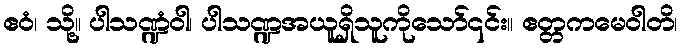
ဧဝံ၊ သို့။ ပါသဏ္ဍံဝါ၊ ပါသဏ္ဍအယူရှိသူကိုသော်၎င်း။ ဧတ္တကမေဝါတိ၊